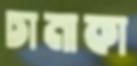
চানাকা